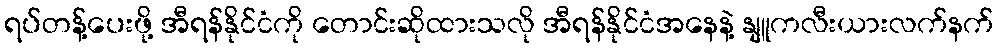
ရပ်တန့်ပေးဖို့ အီရန်နိုင်ငံကို တောင်းဆိုထားသလို အီရန်နိုင်ငံအနေနဲ့ နျူကလီးယားလက်နက်